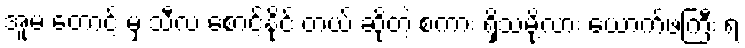
အူမ တောင့် မှ သီလ စောင့်နိုင် တယ် ဆိုတဲ့ စကား ရှိသမို့လား ယောက်ဖကြီး ရ